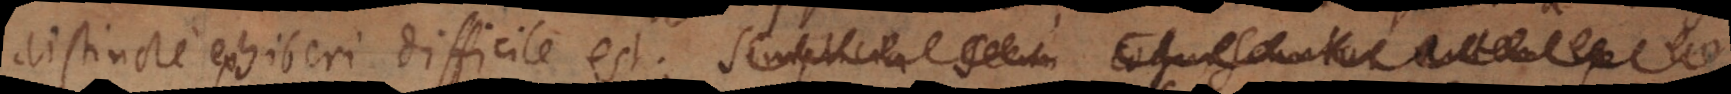
distincte exhiberi difficile est. Simplicia secun